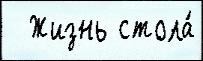
  Жизнь стола́